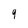
Character: 9